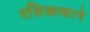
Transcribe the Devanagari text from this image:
रसिकत्वाने